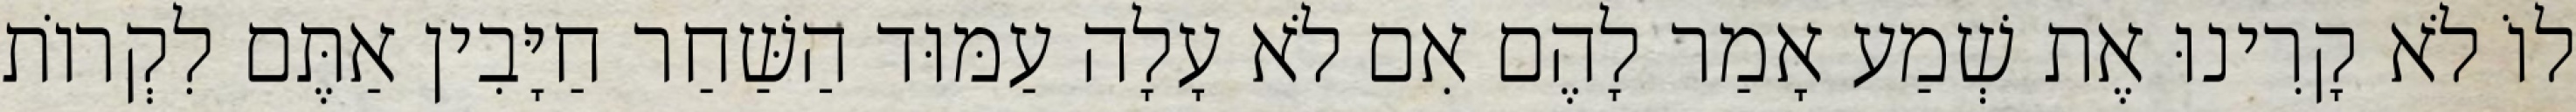
לוֹ לֹא קָרִינוּ אֶת שְׁמַע אָמַר לָהֶם אִם לֹא עָלָה עַמּוּד הַשַּׁחַר חַיָּבִין אַתֶּם לִקְרוֹת